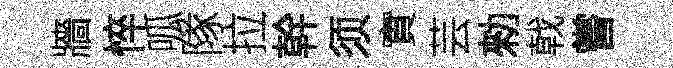
牆悴呱隊拉幹须實芸勑戟嘗